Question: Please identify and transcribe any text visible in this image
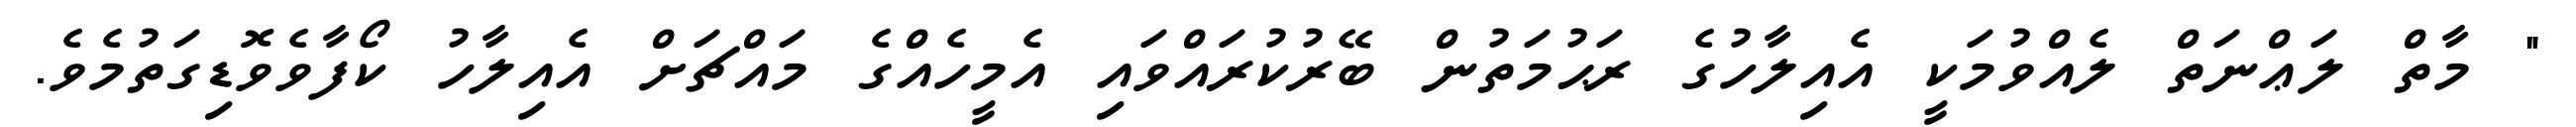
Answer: " މާތް ލަޢްނަތް ލެއްވުމަކީ އެއިލާހުގެ ރަޙުމަތުން ބޭރުކުރައްވައި އެމީހެއްގެ މައްޗަށް އެއިލާހު ކޯފާވެވޮޑިގަތުމެވެ.